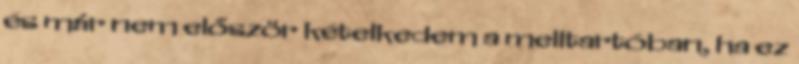
és már nem először kételkedem a melltartóban, ha ez